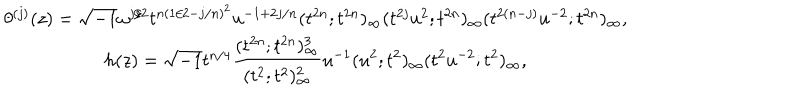
LaTeX: \begin{array} { c } { { \theta ^ { ( j ) } ( z ) = \sqrt { - 1 } \omega ^ { j / 2 } t ^ { n ( 1 / 2 - j / n ) ^ { 2 } } u ^ { - 1 + 2 j / n } ( t ^ { 2 n } ; t ^ { 2 n } ) _ { \infty } ( t ^ { 2 j } u ^ { 2 } ; t ^ { 2 n } ) _ { \infty } ( t ^ { 2 ( n - j ) } u ^ { - 2 } ; t ^ { 2 n } ) _ { \infty } , } } \\ { { h ( z ) = \sqrt { - 1 } t ^ { n / 4 } \displaystyle \frac { ( t ^ { 2 n } ; t ^ { 2 n } ) _ { \infty } ^ { 3 } } { ( t ^ { 2 } ; t ^ { 2 } ) _ { \infty } ^ { 2 } } u ^ { - 1 } ( u ^ { 2 } ; t ^ { 2 } ) _ { \infty } ( t ^ { 2 } u ^ { - 2 } ; t ^ { 2 } ) _ { \infty } , } } \\ \end{array}